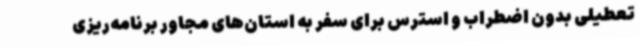
تعطیلی بدون اضطراب و استرس برای سفر به استان‌های مجاور برنامه‌ریزی